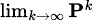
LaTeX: \scriptstyle\operatorname*{lim}_{k\to\infty}\mathbf{P}^{k}